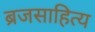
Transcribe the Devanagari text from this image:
ब्रजसाहित्य